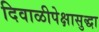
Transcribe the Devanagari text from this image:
दिवाळीपेक्षासुद्धा